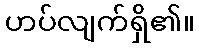
ဟပ်လျက်ရှိ၏။